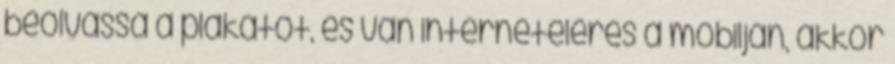
beolvassa a plakátot, és van internetelérés a mobilján, akkor